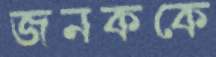
জনককে